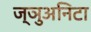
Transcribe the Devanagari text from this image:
ज्ञुअनिटा